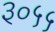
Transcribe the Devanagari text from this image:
३०५५